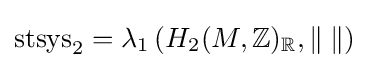
\mathrm {stsys} _{2}=\lambda _{1}\left(H_{2}(M,\mathbb {Z} )_{\mathbb {R} },\|\;\|\right)